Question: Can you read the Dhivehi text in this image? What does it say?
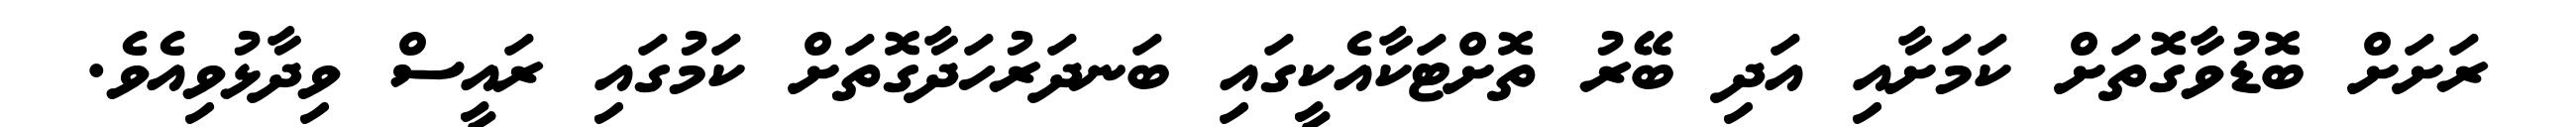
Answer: ރަށަށް ބޮޑުވާގޮތަށް ކަމަށާއި އަދި ބޭރު ތޮށްޓަކާއެކީގައި ބަނދަރުހަދާގޮތަށް ކަމުގައި ރައީސް ވިދާޅުވިއެވެ.